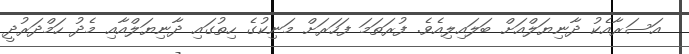
އަސަރާއެކު ދާނިޔަލްއަށް ބަލައިލިއެވެ. ފުރަތަމަ ފަހަރަށް މަނިކުގެ ހިތުގައި ދާނިޔަލްއާއި މެދު ހަމްދަރުދީ